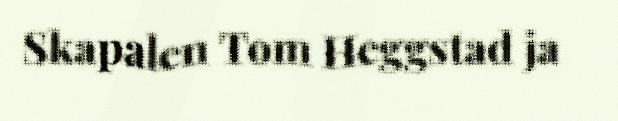
Skapalen Tom Heggstad ja